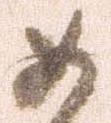
如